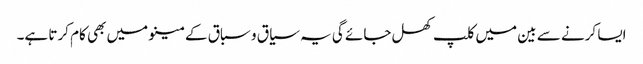
ایسا کرنے سے بین میں کلپ کھل جائے گی یہ سیاق و سباق کے مینو میں بھی کام کرتا ہے۔